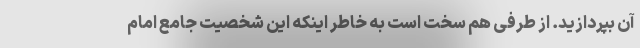
آن بپردازید. از طرفی هم سخت است به خاطر اینکه این شخصیت جامع امام